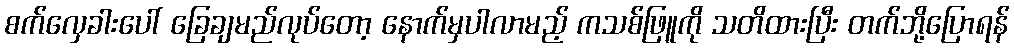
စက်လှေခါးပေါ် ခြေချမည်လုပ်တော့ နောက်မှပါလာမည့် ကသစ်ဖြူကို သတိထားပြီး တက်ဘို့ပြောရန်